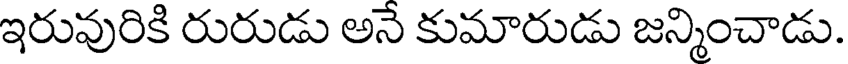
ఇరువురికి రురుడు అనే కుమారుడు జన్మించాడు.